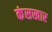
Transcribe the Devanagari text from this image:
कंसखार